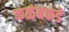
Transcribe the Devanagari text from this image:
कळंबकडे